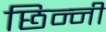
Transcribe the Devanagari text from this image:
छिन्‍नी